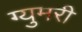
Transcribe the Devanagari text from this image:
ग्युमरी